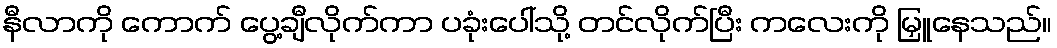
နီလာကို ကောက် ပွေ့ချီလိုက်ကာ ပခုံးပေါ်သို့ တင်လိုက်ပြီး ကလေးကို မြှူနေသည်။